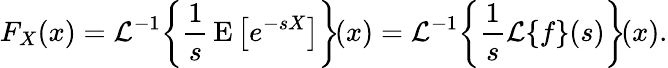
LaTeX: F_{X}(x)={\mathcal{L}}^{-1}\! \left\{ {\frac{1}{s}}\operatorname{E}\left[e^{-sX}\right]\right\} \! (x)={\mathcal{L}}^{-1}\! \left\{ {\frac{1}{s}}{\mathcal{L}}\{ f\} (s)\right\} \! (x).